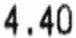
4.40